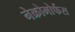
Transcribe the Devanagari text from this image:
नेक्रोमोर्फस